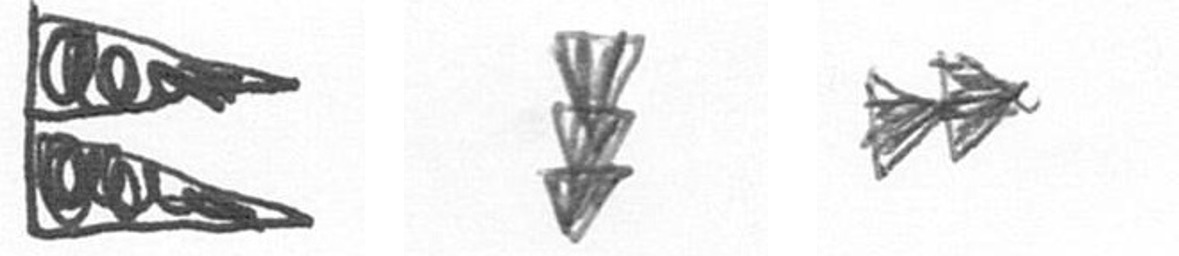
P E A